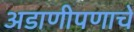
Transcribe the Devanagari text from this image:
अडाणीपणाचे